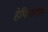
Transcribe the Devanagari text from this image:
हेफिस्टस